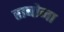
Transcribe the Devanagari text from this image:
राबोना